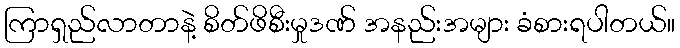
ကြာရှည်လာတာနဲ့ စိတ်ဖိစီးမှုဒဏ် အနည်းအများ ခံစားရပါတယ်။